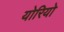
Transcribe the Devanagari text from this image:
योरियो